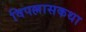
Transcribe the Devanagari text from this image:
विपल्लासकथा